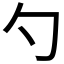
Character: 勺